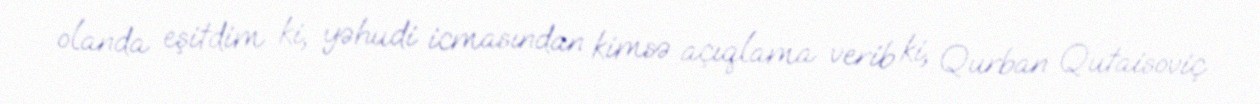
olanda eşitdim ki, yəhudi icmasından kimsə açıqlama verib ki, Qurban Qutaisoviç